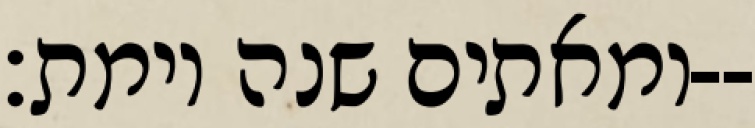
ומאתים שנה וימת׃--